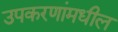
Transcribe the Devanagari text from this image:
उपकरणांमधील